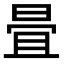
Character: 𣆹